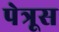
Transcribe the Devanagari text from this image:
पेत्रूस